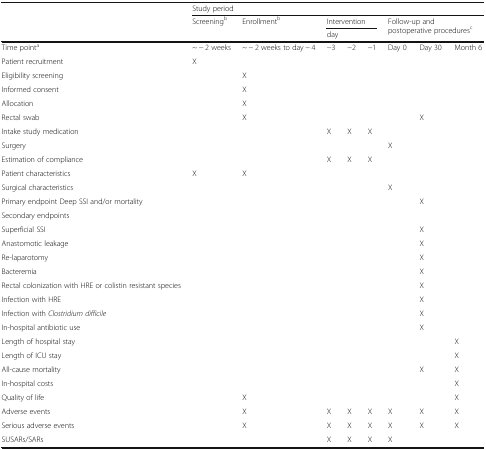
|  | <COLSPAN=8> Study period |
 | <ROWSPAN=2>  | <ROWSPAN=2> Screeningb | <ROWSPAN=2> Enrollmentb | <COLSPAN=3> Intervention | <ROWSPAN=2-COLSPAN=3> Follow-up and postoperative proceduresc |
 | <COLSPAN=3> day |
 | --- | --- | --- | --- | --- | --- | --- | --- | --- |
 | Time pointa | ~ − 2 weeks | ~ − 2 weeks to day − 4 | −3 | −2 | −1 | Day 0 | Day 30 | Month 6 |
 | Patient recruitment | X |  |  |  |  |  |  |  |
 | Eligibility screening |  | X |  |  |  |  |  |  |
 | Informed consent |  | X |  |  |  |  |  |  |
 | Allocation |  | X |  |  |  |  |  |  |
 | Rectal swab |  | X |  |  |  |  | X |  |
 | Intake study medication |  |  | X | X | X |  |  |  |
 | Surgery |  |  |  |  |  | X |  |  |
 | Estimation of compliance |  |  | X | X | X |  |  |  |
 | Patient characteristics | X | X |  |  |  |  |  |  |
 | Surgical characteristics |  |  |  |  |  | X |  |  |
 | Primary endpoint Deep SSI and/or mortality |  |  |  |  |  |  | X |  |
 | Secondary endpoints |  |  |  |  |  |  |  |  |
 | Superficial SSI |  |  |  |  |  |  | X |  |
 | Anastomotic leakage |  |  |  |  |  |  | X |  |
 | Re-laparotomy |  |  |  |  |  |  | X |  |
 | Bacteremia |  |  |  |  |  |  | X |  |
 | Rectal colonization with HRE or colistin resistant species |  |  |  |  |  |  | X |  |
 | Infection with HRE |  |  |  |  |  |  | X |  |
 | Infection with Clostridium difficile |  |  |  |  |  |  | X |  |
 | In-hospital antibiotic use |  |  |  |  |  |  | X |  |
 | Length of hospital stay |  |  |  |  |  |  |  | X |
 | Length of ICU stay |  |  |  |  |  |  |  | X |
 | All-cause mortality |  |  |  |  |  |  | X | X |
 | In-hospital costs |  |  |  |  |  |  |  | X |
 | Quality of life |  | X |  |  |  |  |  | X |
 | Adverse events |  | X | X | X | X | X | X | X |
 | Serious adverse events |  | X | X | X | X | X | X | X |
 | SUSARs/SARs |  |  | X | X | X | X |  |  |